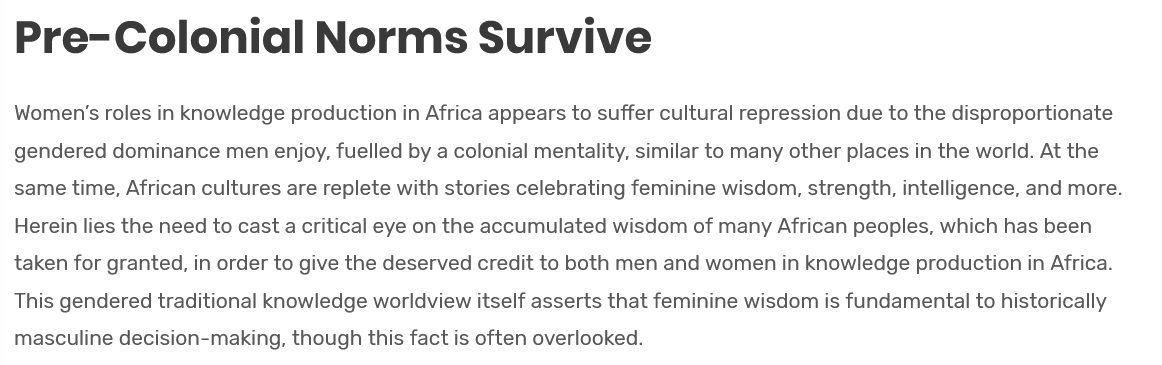
Pre-Colonial    Norms    Survive
  Women’s roles in knowledge production in Africa appears to suffer cultural repression due to the disproportionate
  gendered dominance men enjoy, fuelled by a colonial mentality, similar to many other places in the world. At the
  same time, African cultures are replete with stories celebrating feminine wisdom, strength, intelligence, and more.
  Herein lies the need to cast a critical eye on the accumulated wisdom of many African peoples, which has been
  taken for granted, in order to give the deserved credit to both men and women in knowledge production in Africa.
  This gendered traditional knowledge worldview itself asserts that feminine wisdom is fundamental to historically
  masculine decision-making, though this fact is often overlooked.